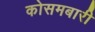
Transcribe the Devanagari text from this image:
कोसमबारी